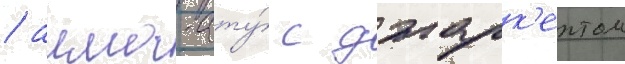
/ алма-ату́ с джарк'ентом